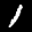
Label: 1